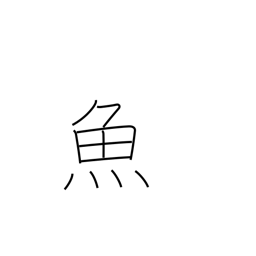
Meaning: fish